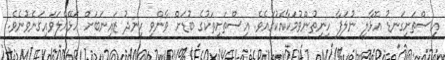
އިސްތަށިގަނޑު އޮޅާލީ ނުލަފާ ހިނިތުންވުމަކާއެކުގައެވެ. އިސްތަށިތަކުގެ ބުޑަށް ވާންވި ހިނދު ޒައިނަބަށް ހަޅޭއްލަވައިގަނެވުނެވެ.